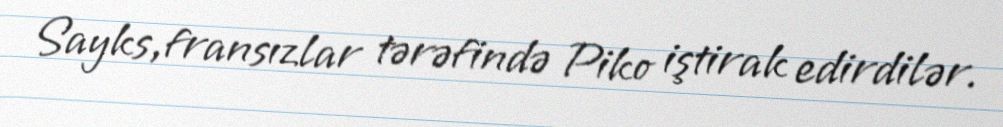
Sayks,fransızlar tərəfində Piko iştirak edirdilər.